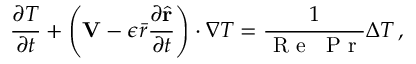
\frac { \partial T } { \partial t } + \left( \mathbf { V } - \epsilon \bar { r } \frac { \partial \hat { \mathbf { r } } } { \partial t } \right) \cdot \nabla T = \frac { 1 } { \mathrm { ~ R ~ e ~ } \; \mathrm { ~ P ~ r ~ } } \Delta T \, ,